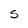
Character: S